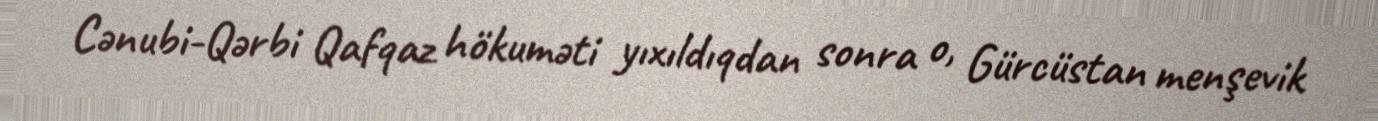
Cənubi-Qərbi Qafqaz hökuməti yıxıldıqdan sonra o, Gürcüstan menşevik